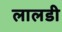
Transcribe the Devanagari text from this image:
लालडी